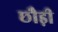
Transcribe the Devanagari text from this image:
छौड़ी